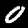
Label: 0